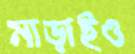
মাড়াইও